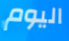
اليوم